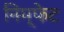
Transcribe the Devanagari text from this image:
निम्फेट